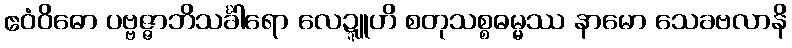
ဧဝံဝိဓော ပဗ္ဗဇ္ဇာဘိသင်္ခါရော လေဍ္ဍူဟိ စတုသစ္စဓမ္မဿ နာမော သေခဗလာနိ